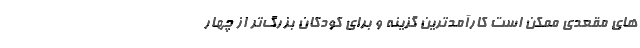
های مقعدی ممکن است کارآمدترین گزینه و برای کودکان بزرگ‌تر از چهار